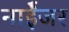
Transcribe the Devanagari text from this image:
नाईेजर